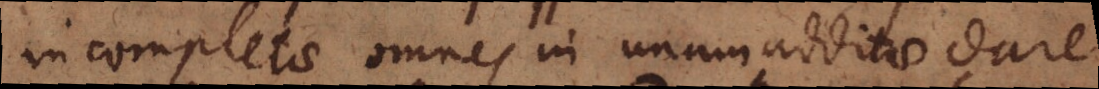
incompletae omnes in unam additae dare